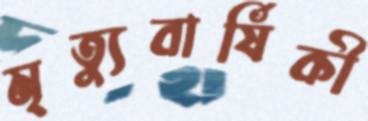
মৃত্যুবার্ষিকী